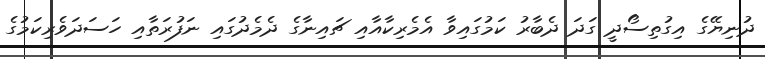
ދުނިޔޭގެ އިގުތިސޯދީ ގަދަ ދެބާރު ކަމުގައިވާ އެމެރިކާއާއި ޗައިނާގެ ދެމެދުގައި ނަފުރަތާއި ހަސަދަވެރިކަމުގެ